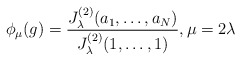
\begin{align*} \phi_\mu(g)= \frac{J_\lambda^{(2)}(a_1,\ldots, a_N)}{J_\lambda^{(2)}(1,\ldots, 1)}, \mu=2\lambda \end{align*}